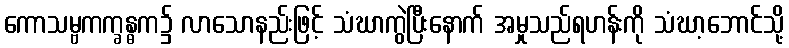
ကောသမ္ဗကက္ခန္ဓက၌ လာသောနည်းဖြင့် သံဃာကွဲပြီးနောက် အမှုသည်ရဟန်းကို သံဃာ့ဘောင်သို့